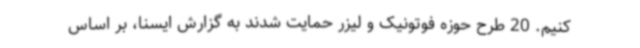
کنیم. 20 طرح حوزه فوتونیک و لیزر حمایت شدند به گزارش ایسنا، بر اساس